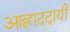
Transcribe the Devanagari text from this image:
आह्लाददायी